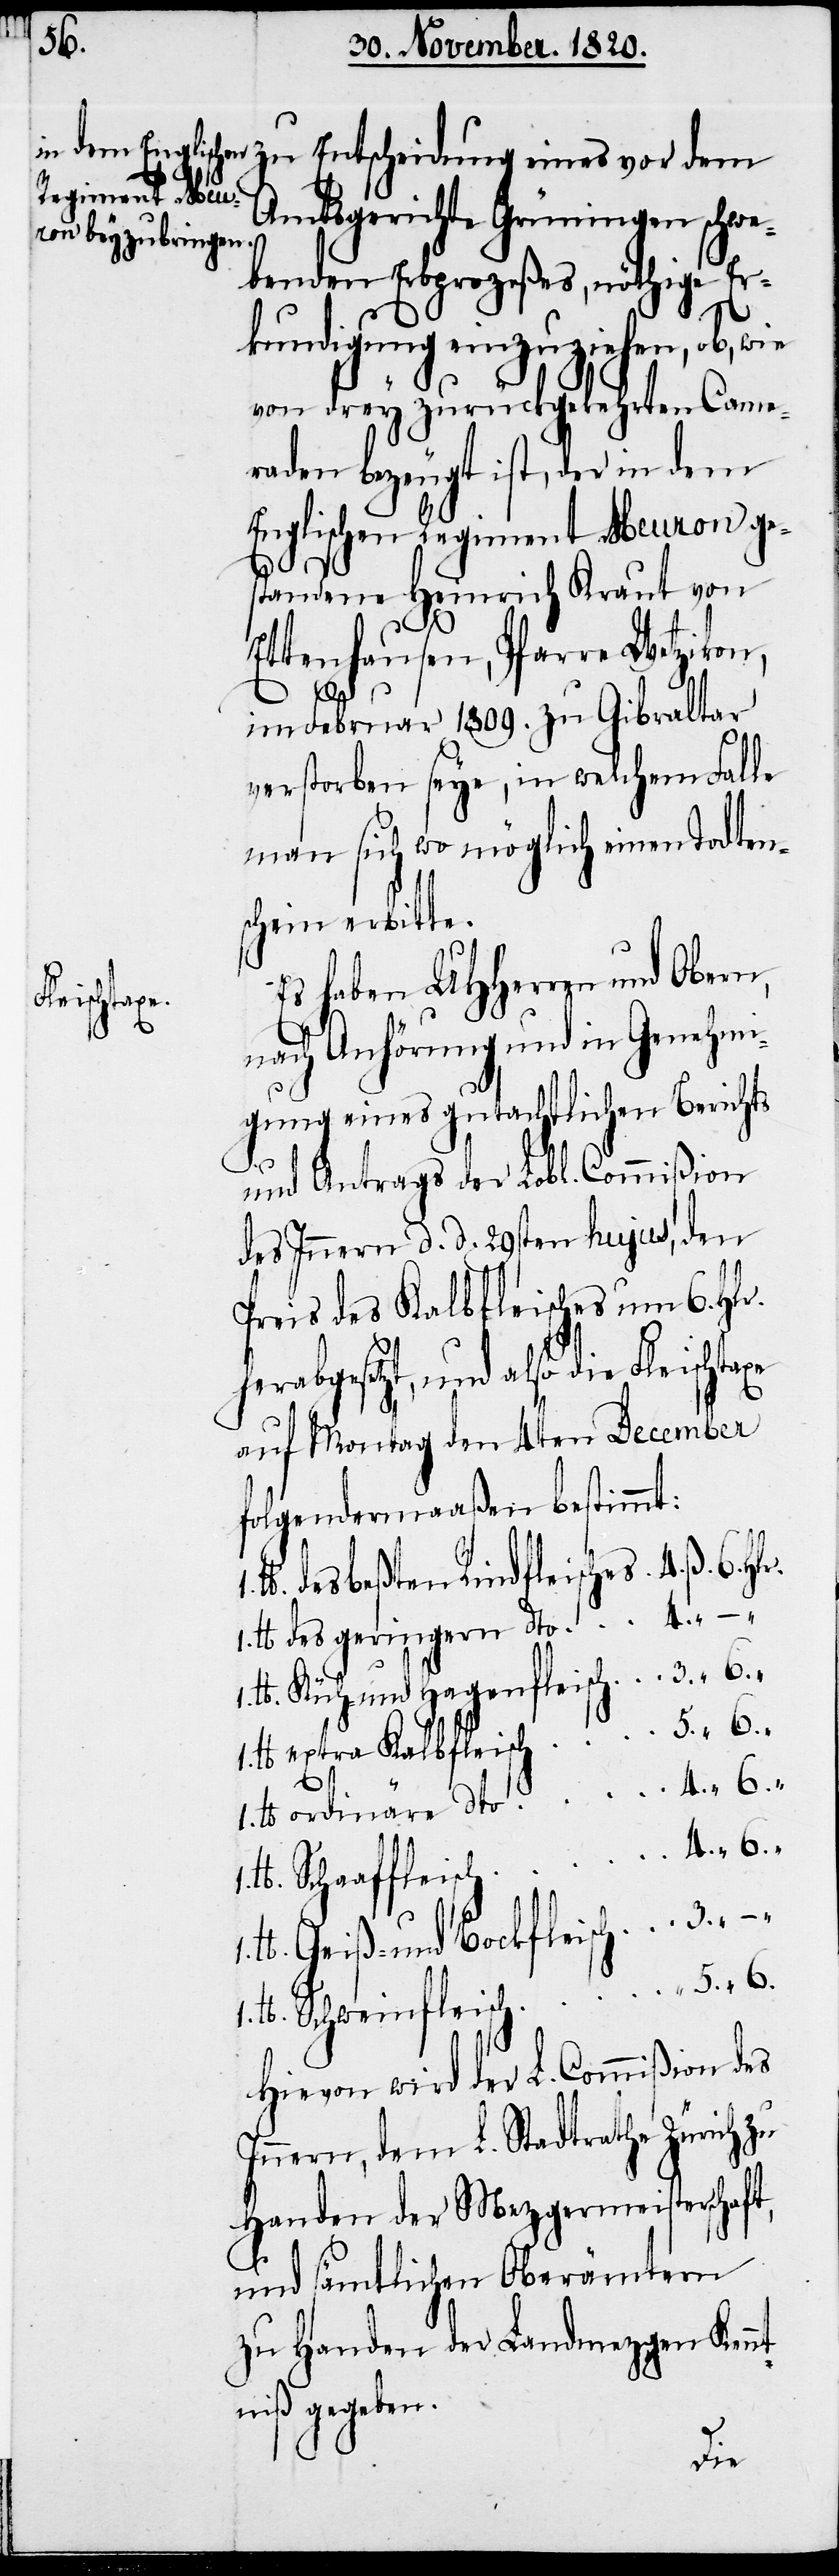
zu Entscheidung eines vor dem
Amtsgerichte Grüningen schwe¬
benden Erbprozeßes, nöthige Er¬
1.
kundigung einzuziehen, ob, wie
von drey zurückgelegten Came¬
raden bezeugt ist, der in dem
Englischen Regiment Meuron ge¬
standene Heinrich Kraut von
Ettenhausen, Pfarre Wetzikon,
1. lb.
im Februar 1809. zu Gibraltar
verstorben seye, in welchem Falle
man sich wo möglich einen Todten¬
schein erbitte.
Es haben UHHerren und Obern,
leischtaxe
nach Anhörung und in Genehmi¬
gung eines gutachtlichen Berichts
und Antrags der Lobl. Commißion
des Innern d. d. 29sten hujus, den
Preis des Kalbfleisches um 6. Hlr.
herabgesetzt, und also die F¬
auf Montag den 4ten December
folgendermaaßen bestimmt:
lb des beßten Rindfleisches
lb. des geringern dto		4.
1. lb. Küh- und Hagenfleisch	3.	 “	6.
lb extra Kalbfleisch			5.
lb. Geiß- und Bockfleisch	3.	 “	–
Hievon wird der L. Commißion des
Innern, dem L. Stadtrathe Zürich zu
Handen der Mezgermeisterschaft,
und sämtlichen Oberämtern
zu Handen der Landmezgen Kenn¬
tniß gegeben.